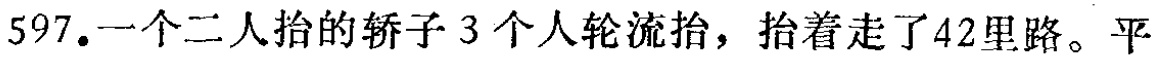
597. 一个二人抬的轿子 3 个人轮流抬，抬着走了42里路。平